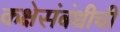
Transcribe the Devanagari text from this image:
कक्षेसंबंधीची